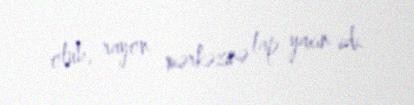
olub, rayon mərkəzinə lap yaxın idi.